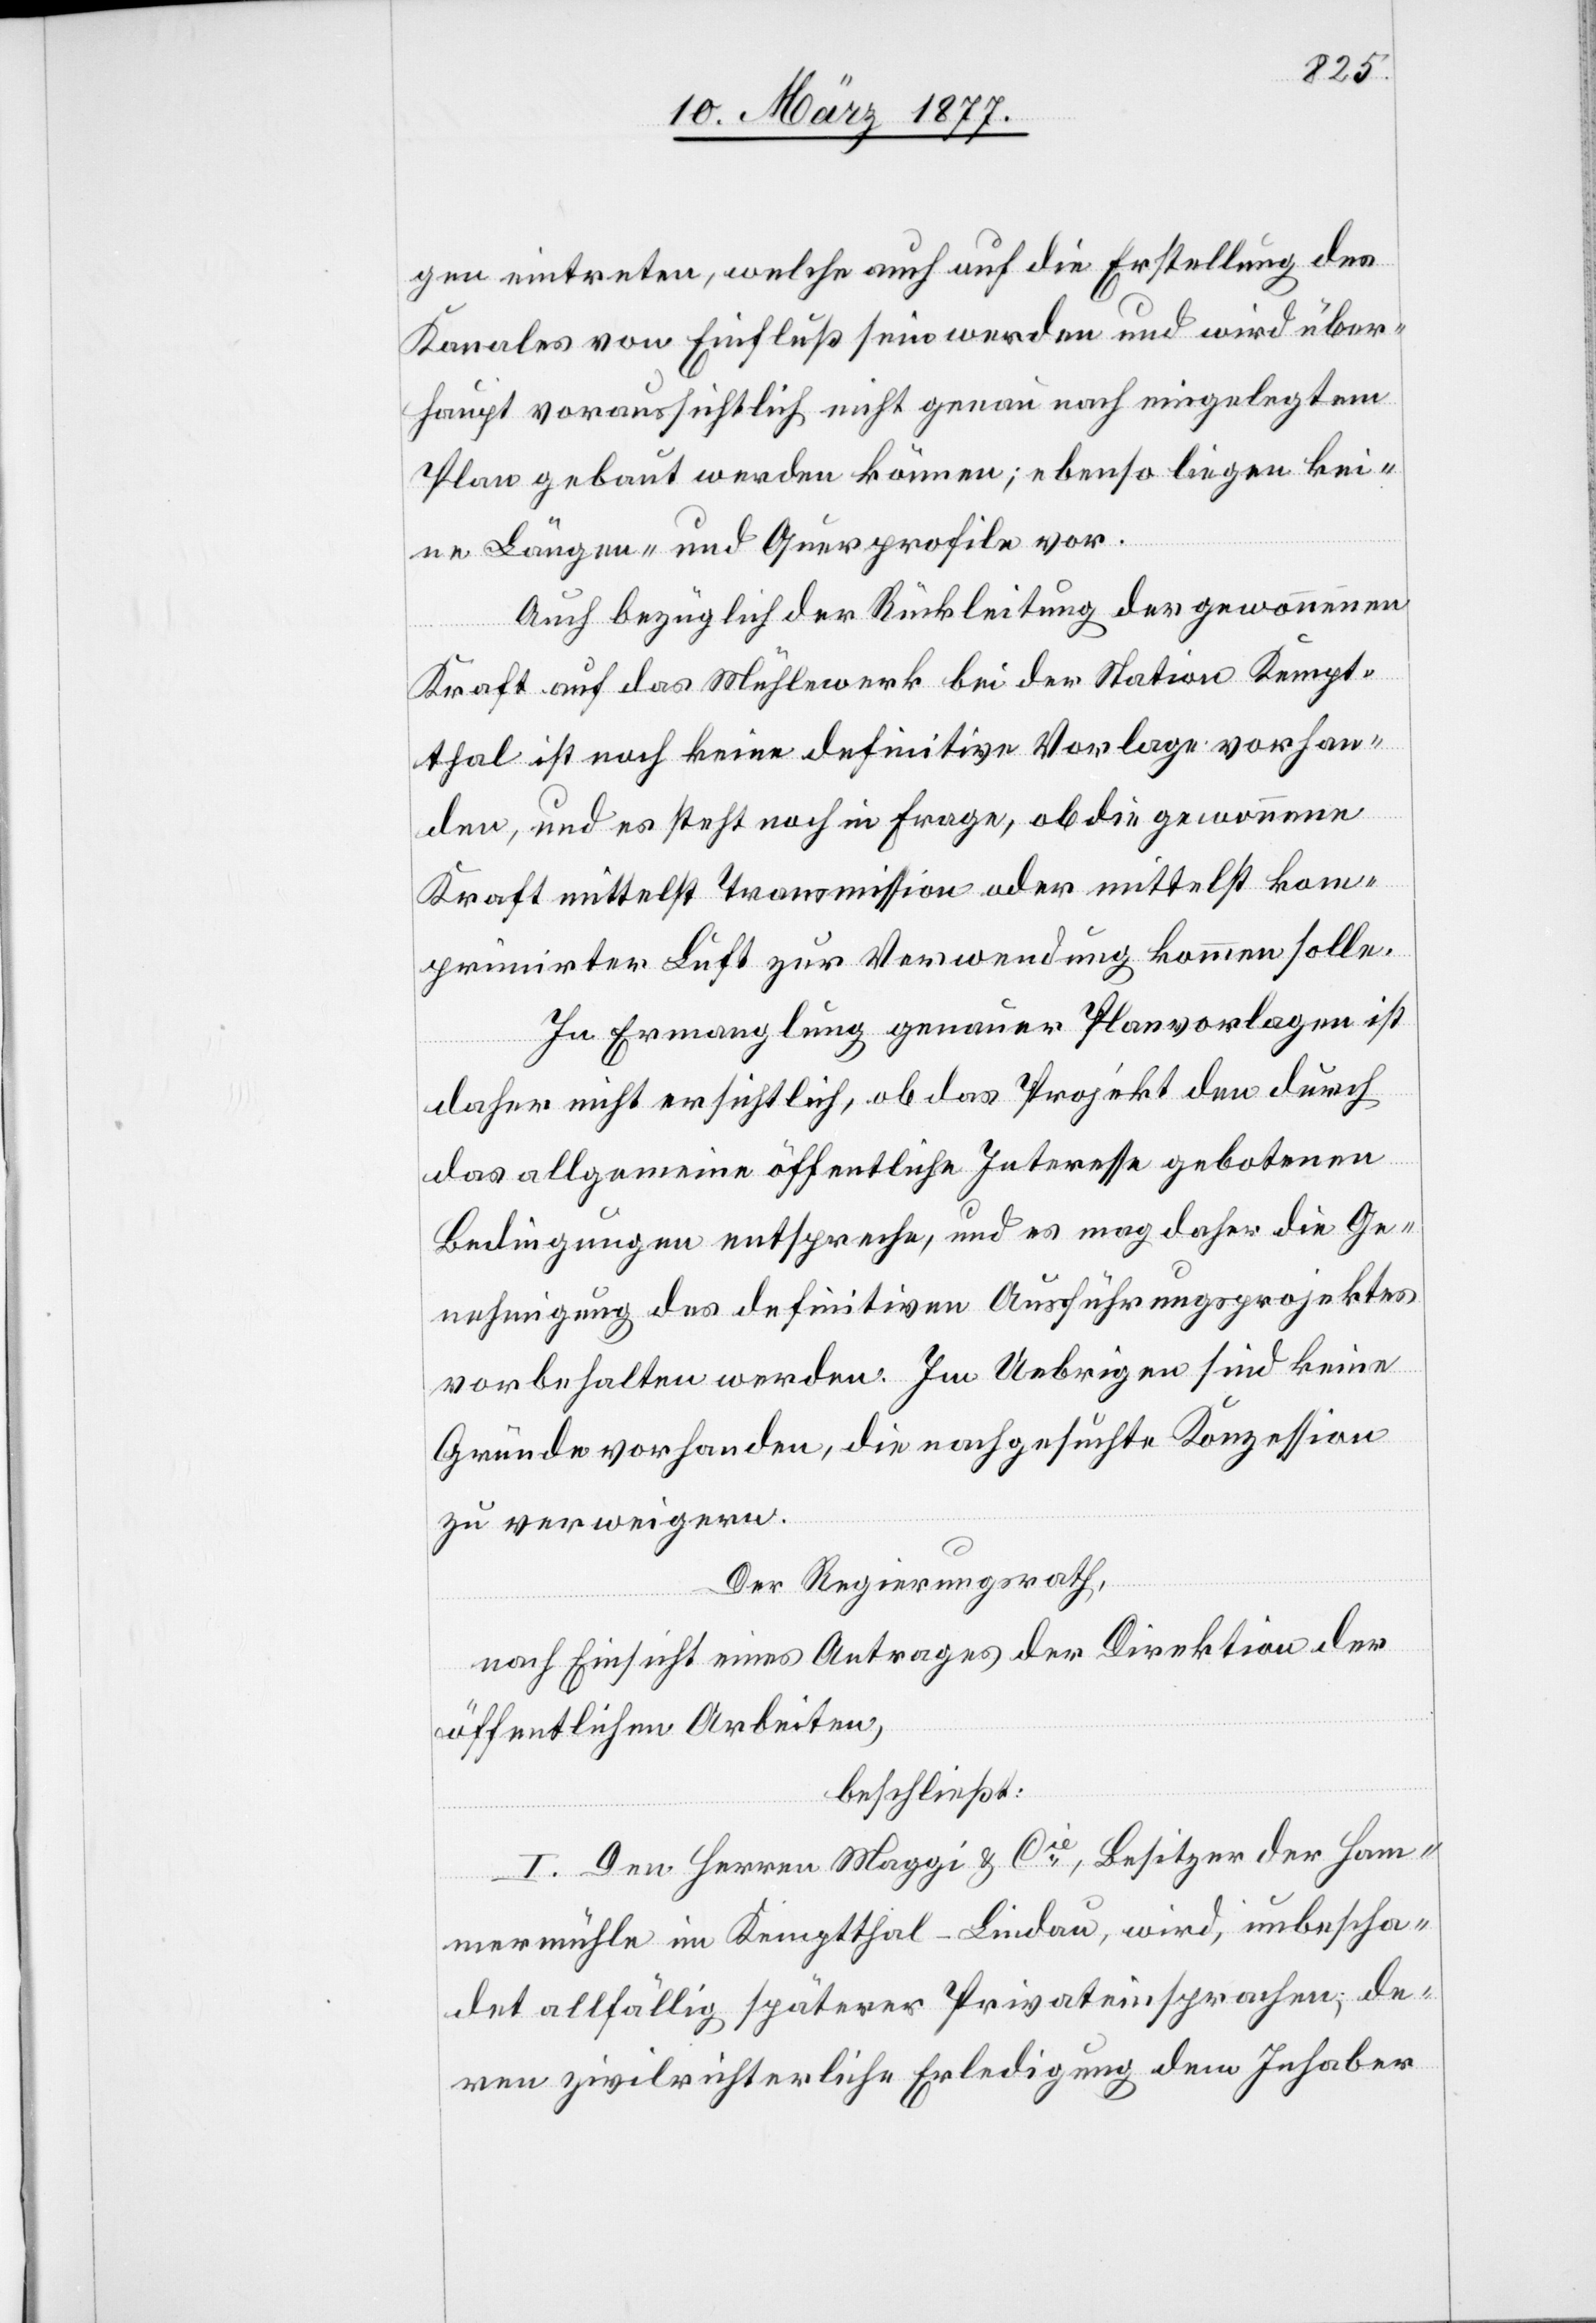
gen eintreten, welche auch auf die Erstellung des
Kanales von Einfluß sein werden und wird über¬
haupt voraussichtlich nicht genau nach eingelegtem
Plan gebaut werden können; ebenso liegen kei¬
ne Längen- und Querprofile vor.
Auch bezüglich der Rückleitung der gewonnen
Kraft auf das Mühlewerk bei der Station Kempt¬
thal ist noch keine definitive Vorlage vorhan¬
den, und es steht noch in Frage, ob die gewonnene
Kraft mittelst Transmission oder mittelst kom¬
primirter Luft zur Verwendung kommen solle.
In Ermanglung genauer Planvorlagen ist
daher nicht ersichtlich, ob das Projekt den durch
das allgemeine öffentliche Interesse gebotenen
Bedingungen entspreche, und es mag daher die Ge¬
nehmigung des definitiven Ausführungsprojektes
vorbehalten werden. Im Uebrigen sind keine
Gründe vorhanden, die nachgesuchte Konzession
zu verweigern.
Der Regierungsrath,
nach Einsicht eines Antrages der Direktion der
öffentlichen Arbeiten,
beschließt:
I. Den Herren Maggi & Cie, Besitzer der Ham¬
mermühle im Kemptthal - Lindau, wird, unbescha¬
det allfällig späterer Privateinsprachen, de¬
ren zivilrichterliche Erledigung dem Inhaber